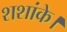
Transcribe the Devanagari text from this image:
शशांके।